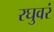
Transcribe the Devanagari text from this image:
रघुवरं